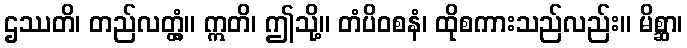
ဌဿတိ၊ တည်လတ္တံ့။ ဣတိ၊ ဤသို့။ တံပိဝစနံ၊ ထိုစကားသည်လည်း။ မိစ္ဆာ၊